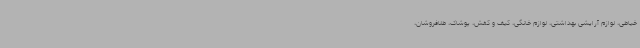
خیاطی، لوازم آرایشی بهداشتی، لوازم خانگی، کیف و کفش، پوشاک، طلافروشان،